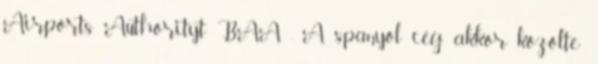
Airports Authorityt BAA . A spanyol cég akkor közölte: